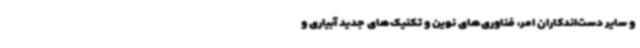
و سایر دست‌اندکاران امر، فناوری‌های نوین و تکنیک‌های جدید آبیاری و